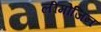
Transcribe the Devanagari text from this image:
लीमोजिन